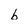
Character: b